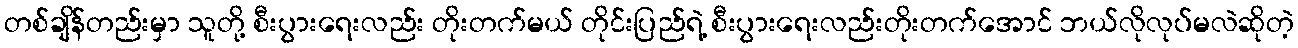
တစ်ချိန်တည်းမှာ သူတို့ စီးပွားရေးလည်း တိုးတက်မယ် တိုင်းပြည်ရဲ့ စီးပွားရေးလည်းတိုးတက်အောင် ဘယ်လိုလုပ်မလဲဆိုတဲ့